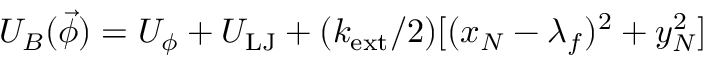
U _ { B } ( \vec { \phi } ) = U _ { \phi } + U _ { \mathrm { L J } } + ( k _ { \mathrm { e x t } } / 2 ) [ ( x _ { N } - \lambda _ { f } ) ^ { 2 } + y _ { N } ^ { 2 } ]